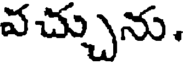
వచ్చును,